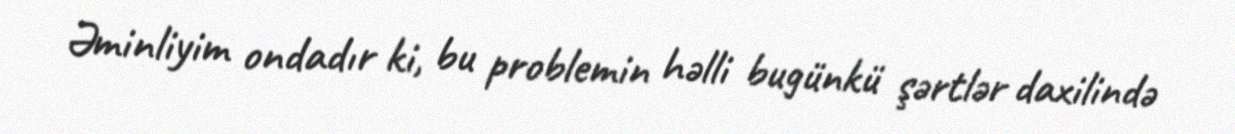
Əminliyim ondadır ki, bu problemin həlli bugünkü şərtlər daxilində